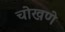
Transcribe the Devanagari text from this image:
चोखणे